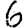
Digit: 6